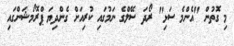
މި ގޮތުން "އެންމެ ސަޅި" ރޯދަ ސޭލްގެ ނަމުގައި ކުރިއަށް ގެންދިޔަ ޕްރޮމޯޝަންގައި